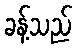
ခန့်သည်